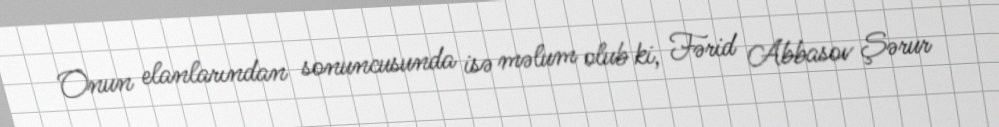
Onun elanlarından sonuncusunda isə məlum olub ki, Fərid Abbasov Şərur